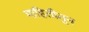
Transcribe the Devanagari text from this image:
माहितीतून